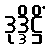
ဒုဒ္ဒိဋ္ဌိံ